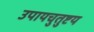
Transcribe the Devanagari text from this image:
उपायचुतुष्टय